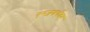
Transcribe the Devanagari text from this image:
एम्ज़वर्थवर